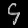
Digit: ၄